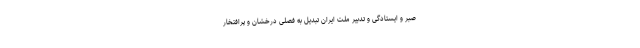
صبر و ایستادگی و تدبیر ملّت ایران تبدیل به فصلی درخشان و پرافتخار